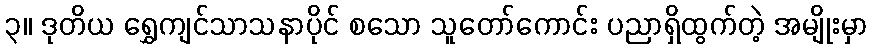
၃။ ဒုတိယ ရွှေကျင်သာသနာပိုင် စသော သူတော်ကောင်း ပညာရှိထွက်တဲ့ အမျိုးမှာ